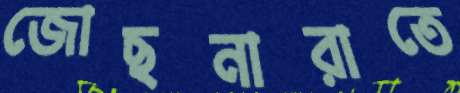
জোছনারাতে